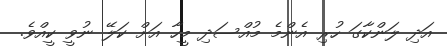
އަދި ލަންކާގަ ހުރި އެންމެ މުއްސަދި މީހާ އަށް ކަލޭ ނުވީ ކީއްވެ.